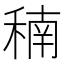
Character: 𥠮